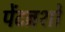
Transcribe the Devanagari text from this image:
पेंटब्रशों